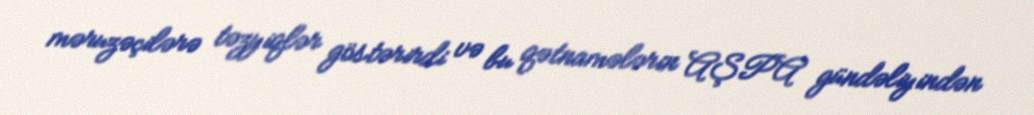
məruzəçilərə təzyiqlər göstərirdi və bu qətnamələrin AŞPA gündəliyindən